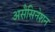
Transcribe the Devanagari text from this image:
असैसिनेशन